Annual administration report of the Bombay Presidency - 1887-1892
Year: 1887
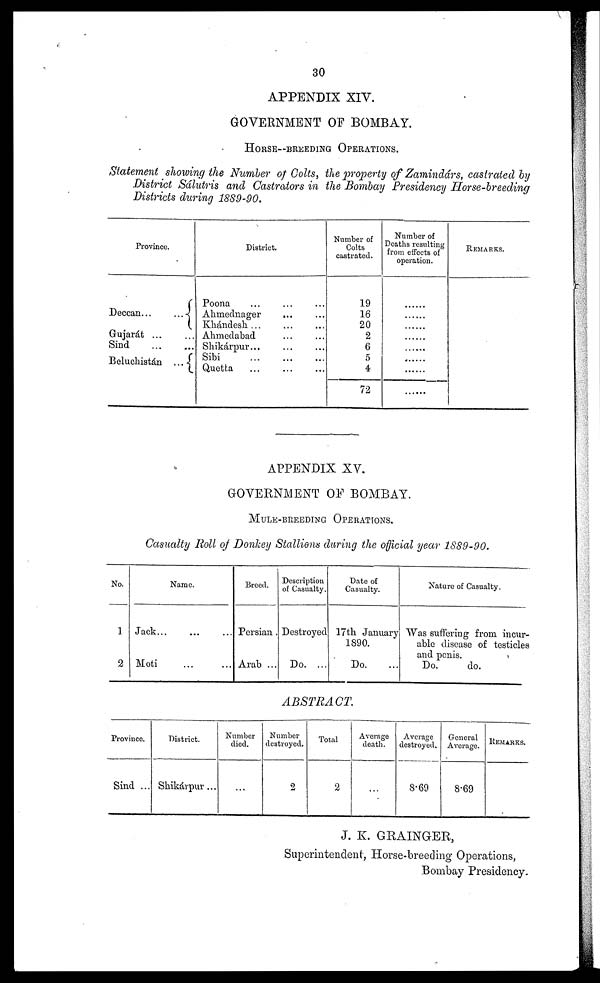
30
APPENDIX XIV.
GOVERNMENT OF BOMBAY.
HORSE—BREEDING OPERATIONS.
Statement showing the Number of Colts, the property of Zamindárs, castrated by
District Sálutris and Castrators in the Bombay Presidency Horse-breeding
Districts during 1889-90.
Province.
Deccan...
...
Gujarát ... ...
Sind
...
...
Beluchistán ...
District.
Poona
...
...
...
Ahmednager ... ...
Khándesh ... ... ...
Ahmedabad ... ...
Shikárpur... ... ...
Sibi ... ... ...
Quetta ... ...
Number of
Colts
castrated.
19
16
20
2
6
5 4
72
Number of
Deaths resulting
from effects of
operation.
......
......
......
......
......
......
......
......
REMARKS.
APPENDIX XV.
GOVERNMENT OF BOMBAY.
MULE-BREEDING OPERATIONS.
Casualty Roll of Donkey Stallions during the official year 1889-90.
No.
1
2
Name.
Jack... ... ...
Moti ... ...
Breed.
Persian .
Arab ...
Description
of Casualty.
Destroyed
Do. ...
Date of
Casualty.
17th January
1890.
Do. ...
Nature of Casualty.
Was suffering from incur-
able disease of testicles
and penis.
Do.
do.
ABSTRACT.
Province.
Sind ...
District.
Shikárpur ...
Number
died.
...
Number
destroyed.
2
Total
2
Average
death.
...
Average
destroyed.
8.69
General
Average.
8.69
REMARKS.
J. K. GRAINGER,
Superintendent, Horse-breeding Operations,
Bombay Presidency.